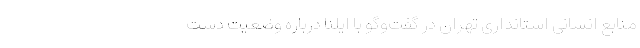
منابع انسانی استانداری تهران در گفت‌وگو با ایلنا درباره وضعیت دست